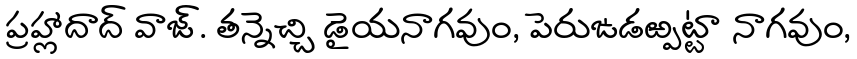
ప్రహ్లాదాద్ వాజ్. తన్నెచ్చి డైయనాగవుం, పెరుఙడఱ్పట్టా నాగవుం,